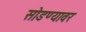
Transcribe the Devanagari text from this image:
सोडण्यावर